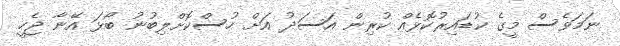
ނަމަވެސް މީގެ ކުޑައިރުކޮޅެއް ކުރިން އަސަދު އަށް ހުސްކޮށްލިބުނު ބޯޅަ އޭނާ ޖެހީ